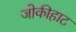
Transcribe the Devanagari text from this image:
जोकीहाट